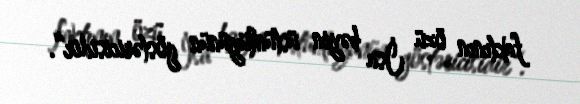
faktının özü İsa bəyin üstünlüyünün göstəricisidir“.